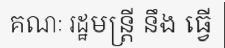
គណៈ រដ្ឋមន្ត្រី នឹង ធ្វើ